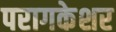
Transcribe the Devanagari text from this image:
परागकेशर